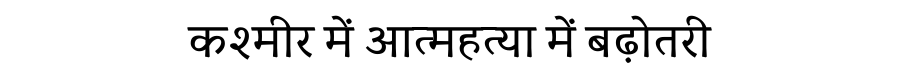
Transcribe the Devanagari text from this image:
कश्मीर में आत्महत्या में बढ़ोतरी